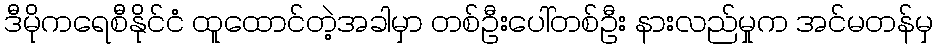
ဒီမိုကရေစီနိုင်ငံ ထူထောင်တဲ့အခါမှာ တစ်ဦးပေါ်တစ်ဦး နားလည်မှုက အင်မတန်မှ